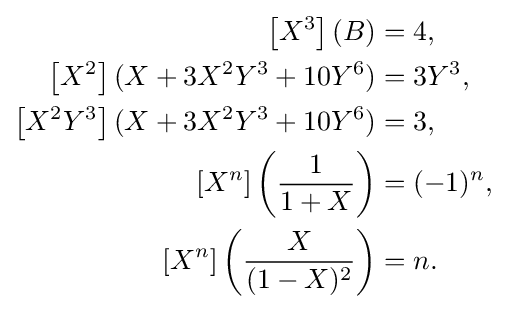
{\begin{aligned}\left[X^{3}\right](B)&=4,\\\left[X^{2}\right](X+3X^{2}Y^{3}+10Y^{6})&=3Y^{3},\\\left[X^{2}Y^{3}\right](X+3X^{2}Y^{3}+10Y^{6})&=3,\\\left[X^{n}\right]\left({\frac {1}{1+X}}\right)&=(-1)^{n},\\\left[X^{n}\right]\left({\frac {X}{(1-X)^{2}}}\right)&=n.\end{aligned}}